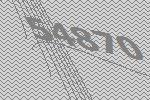
54870